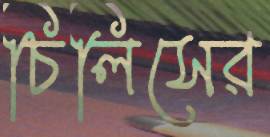
চিলিসের